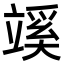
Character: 𥪦